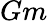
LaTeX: Gm